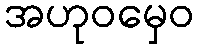
အဟုဝမှေဝ